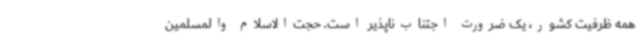
همه ظرفیت کشور، یک ضرورت اجتناب‌ناپذیر است. حجت‌الاسلام والمسلمین